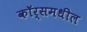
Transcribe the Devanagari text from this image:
कॉर्समधील